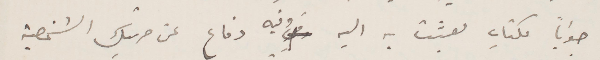
جوابًا لكتاب بعثت به اليه وفيه دفاع عن حريتك الشخصية